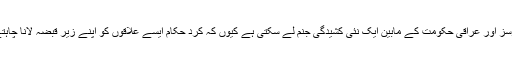
مبصرین کا خیال ہے کہ جہادیوں کو شکست کے نتیجے میں کرد فورسز اور عراقی حکومت کے مابین ایک نئی کشیدگی جنم لے سکتی ہے کیوں کہ کرد حکام ایسے علاقوں کو اپنے زیر قبضہ لانا چاہتے ہیں جن پر کرد فورسز نے جہادیوں کو شکست سے دوچار کیا ہے۔